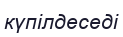
күпілдеседі